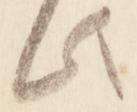
此